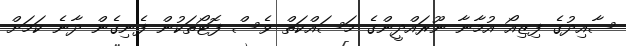
ސާއިދުގެ ފިޒިއޯ އުމާނާ ނޫރައްދީންގެ މަސައްކަތް ވެސް ފޮޓޯތަކުން ފެނިގެން ދާނެ ކަމަށް